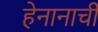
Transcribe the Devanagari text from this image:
हेनानाची